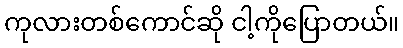
ကုလားတစ်ကောင်ဆို ငါ့ကိုပြောတယ်။